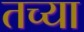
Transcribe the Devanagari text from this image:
तच्या